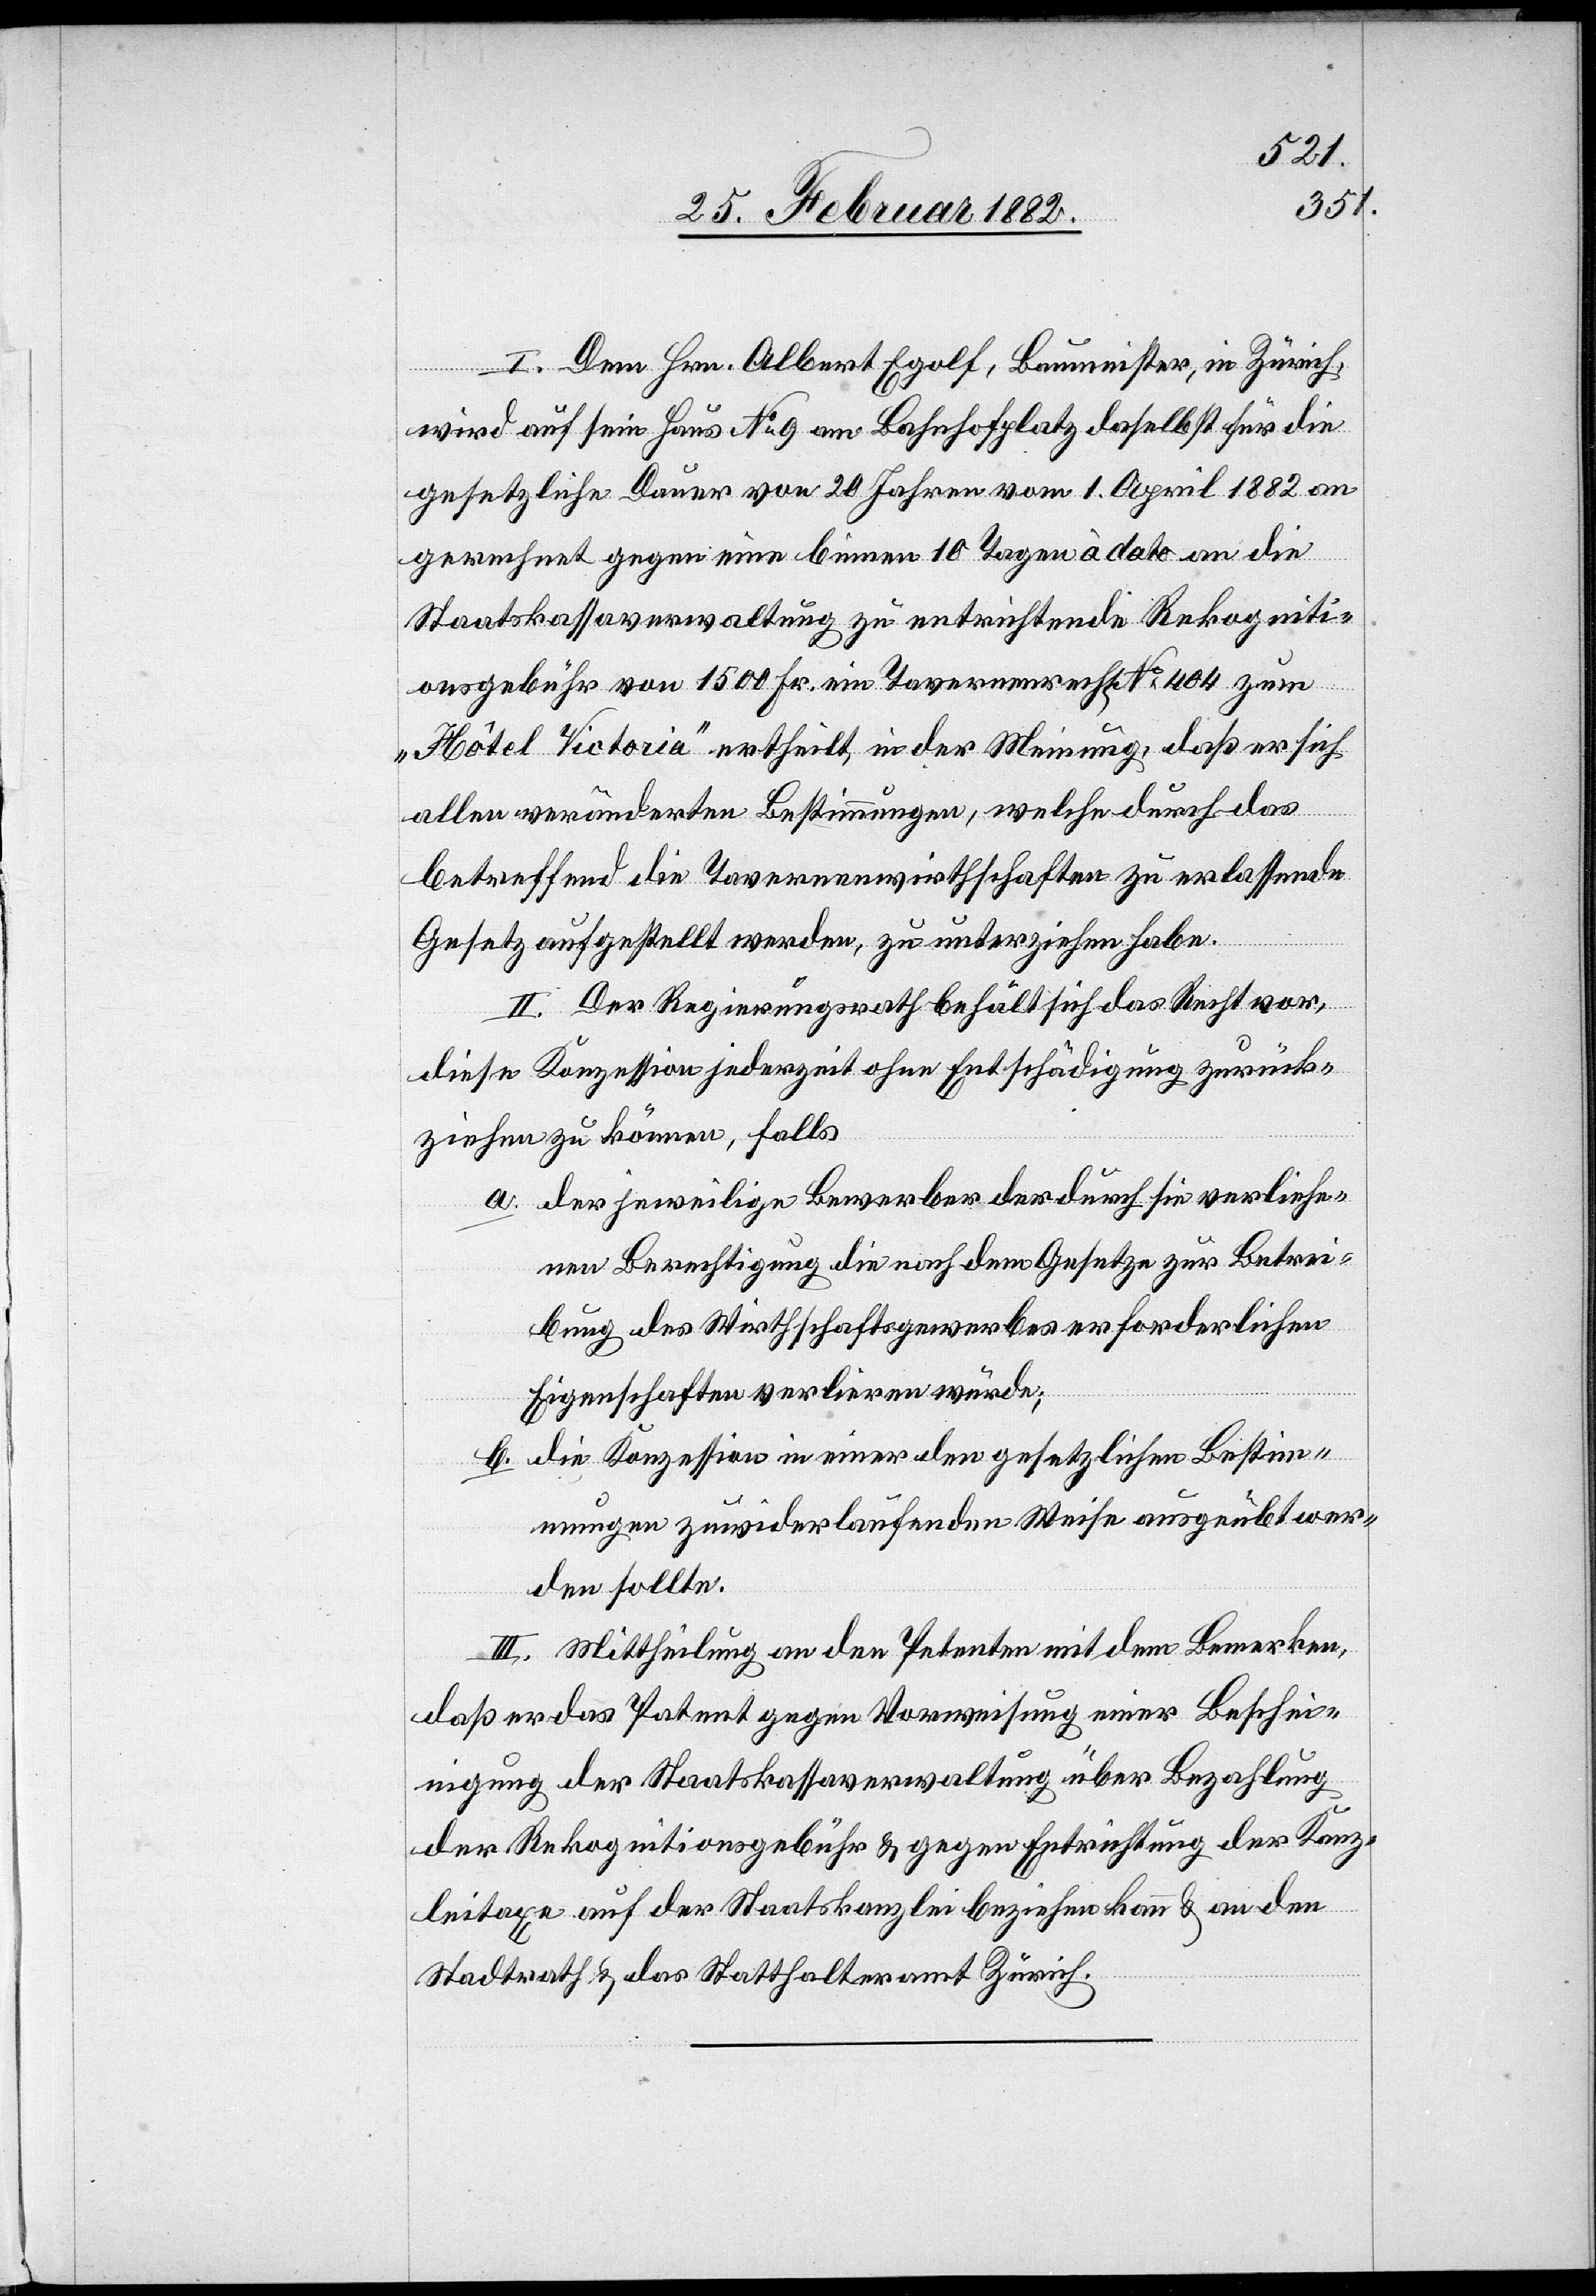
I. Dem Hrn. Albert Eglof, Baumeister, in Zürich,
wird auf sein Haus No 9 am Bahnhofplatz daselbst für die
gesetzliche Dauer von 20 Jahren vom 1. April 1882 an
gerechnet gegen eine binnen 10 Tagen à dato an die
Staatskassaverwaltung zu entrichtende Rekogniti¬
onsgebühr von 1500 Fr. ein Tavernenrecht, No 404 zum
„Hôtel Victoria“ ertheilt, in der Meinung, daß er sich
allen veränderten Bestimmungen, welche durch das
betreffend die Tavernenwirtschaften zu erlassende
Gesetz aufgestellt werden, zu unterziehen habe.
II. Der Regierungsrath behält sich das Recht vor,
diese Konzession jederzeit ohne Entschädigung zurück¬
ziehen zu können, falls
a. der jeweilige Bewerber der durch sie verliehe¬
nen Berechtigung die nach dem Gesetze zur Betrei¬
bung des Wirthschaftsgewerbes erforderlichen
Eigenschaften verlieren würde;
b. die Konzession in einer den gesetzlichen Bestim¬
mungen zuwiederlaufenden Weise ausgeübt wer¬
den sollte.
III. Mittheilung an den Petenten mit dem Bemerken,
daß er das Patent gegen Vorweisung einer Beschei¬
nigung der Staatskassaverwaltung über Bezahlung
der Rekognitionsgebühr & gegen Entrichtung der Kanz¬
leitaxen auf der Staatskanzlei beziehen kann & an den
Stadtrath & das Statthalteramt Zürich.